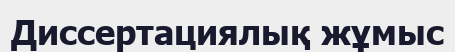
Диссертациялық жұмыс